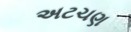
અટચણ